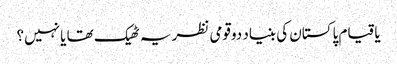
یاقیام پاکستان کی بنیاد دوقومی نظریہ ٹھیک تھا یا نہیں؟